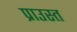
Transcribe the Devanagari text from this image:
प्राउस्त